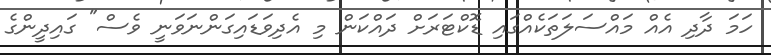
ހަމަ ދާދި އެއް މައްސަލަތަކެއްގައި ޑޮކްޓަރަށް ދައްކަން މި އެދިވަޑައިގަންނަވަނީ ވެސް" ގައިދީންގެ